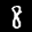
Label: 8